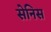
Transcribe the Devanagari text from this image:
सेनिस